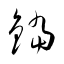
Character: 鐺